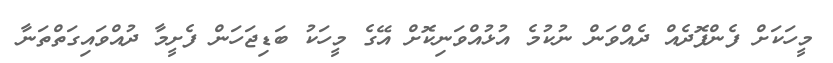
މީހަކަށް ފެންފޮދެއް ދެއްވަން ނުކުމެ އުޅުއްވަނިކޮށް އޭގެ މީހަކު ބަޑިޖަހަން ފެށީމާ ދުއްވައިގަތްތަނާ